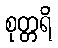
စုတ္တရိ